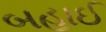
બહાઈ